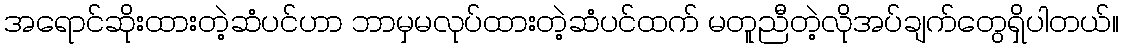
အရောင်ဆိုးထားတဲ့ဆံပင်ဟာ ဘာမှမလုပ်ထားတဲ့ဆံပင်ထက် မတူညီတဲ့လိုအပ်ချက်တွေရှိပါတယ်။